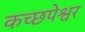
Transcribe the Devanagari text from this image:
कच्छपेश्वर